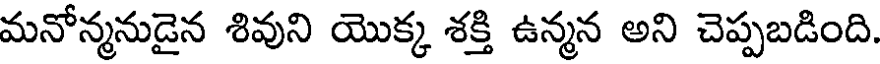
మనోన్మనుడైన శివుని యొక్క శక్తి ఉన్మన అని చెప్పబడింది.